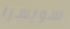
سويسرا